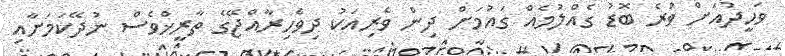
ވަހީދުއަށް ވުރެ ބޮޑު ގެއްލުމެއް ގައުމަށް ދިން ވެރިއަކު ދިވެހިރާއްޖޭގެ ތާރީޚްވެސް ނުދޭކަމަށާއި